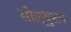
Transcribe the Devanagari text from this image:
सोल्युसन